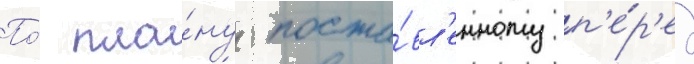
По́ пла́ну поста́вл'енному п'е́р'ед